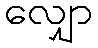
လျှော